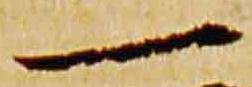
一